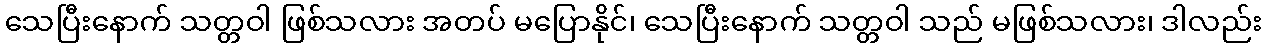
သေပြီးနောက် သတ္တဝါ ဖြစ်သလား အတပ် မပြောနိုင်၊ သေပြီးနောက် သတ္တဝါ သည် မဖြစ်သလား၊ ဒါလည်း